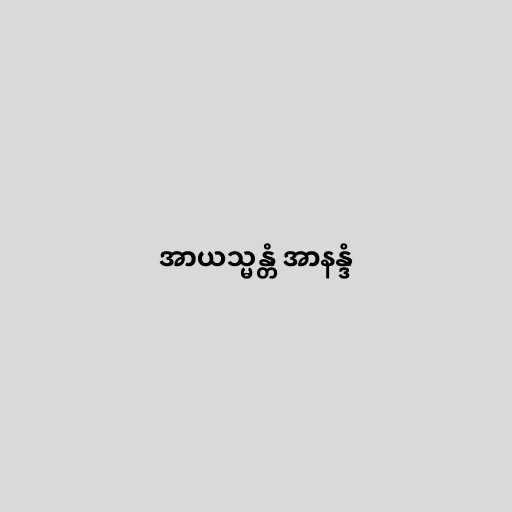
အာယသ္မန္တံ အာနန္ဒံ